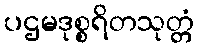
ပဌမဒုစ္စရိတသုတ္တံ